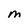
Character: M